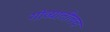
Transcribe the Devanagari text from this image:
गोव्यातीलच